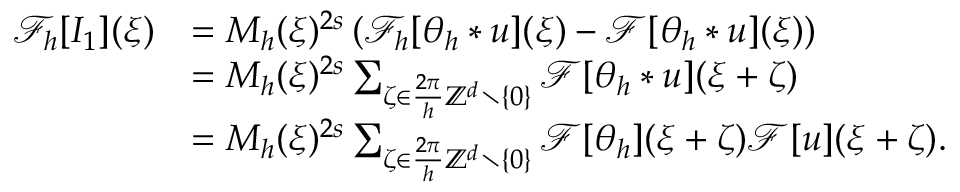
\begin{array} { r l } { \mathcal { F } _ { h } [ I _ { 1 } ] ( \xi ) } & { = M _ { h } ( \xi ) ^ { 2 s } \left( \mathcal { F } _ { h } [ \theta _ { h } * u ] ( \xi ) - \mathcal { F } [ \theta _ { h } * u ] ( \xi ) \right) } \\ & { = M _ { h } ( \xi ) ^ { 2 s } \sum _ { \zeta \in \frac { 2 \pi } { h } \mathbb { Z } ^ { d } \setminus \{ 0 \} } \mathcal { F } [ \theta _ { h } * u ] ( \xi + \zeta ) } \\ & { = M _ { h } ( \xi ) ^ { 2 s } \sum _ { \zeta \in \frac { 2 \pi } { h } \mathbb { Z } ^ { d } \setminus \{ 0 \} } \mathcal { F } [ \theta _ { h } ] ( \xi + \zeta ) \mathcal { F } [ u ] ( \xi + \zeta ) . } \end{array}